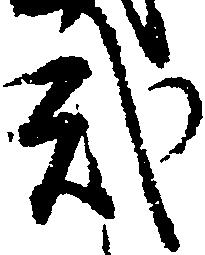
弐